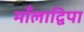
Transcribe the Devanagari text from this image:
माँलाद्विपा